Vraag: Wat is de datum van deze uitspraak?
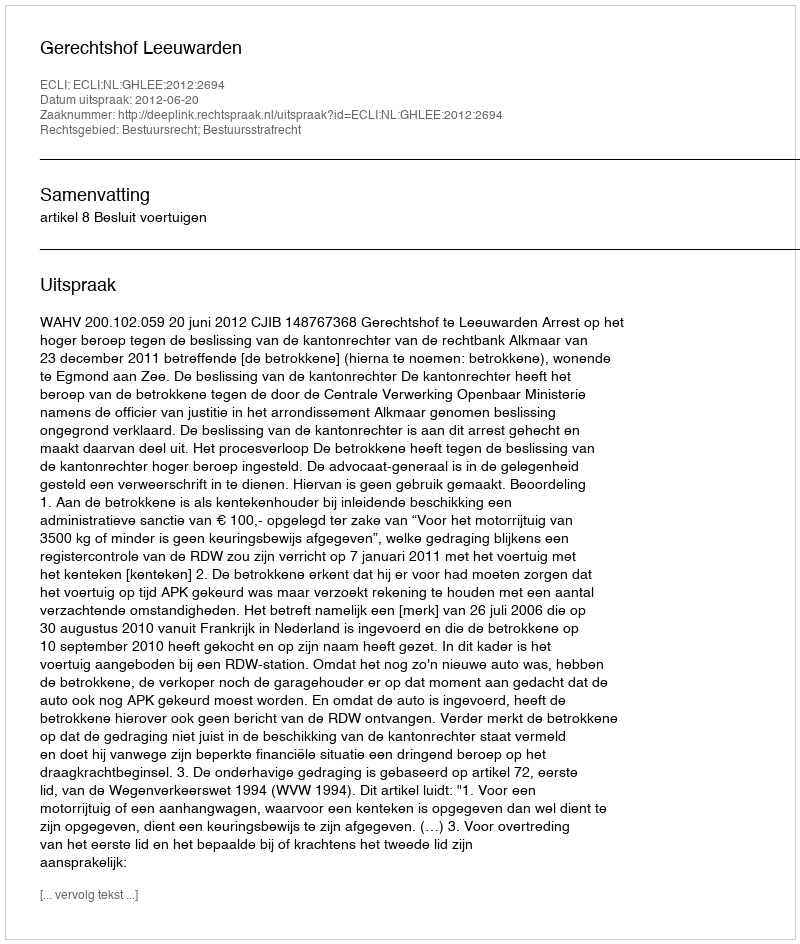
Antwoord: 2012-06-20